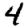
Digit: 4